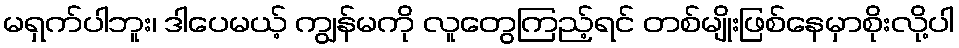
မရှက်ပါဘူး၊ ဒါပေမယ့် ကျွန်မကို လူတွေကြည့်ရင် တစ်မျိုးဖြစ်နေမှာစိုးလို့ပါ